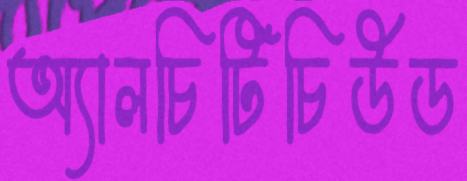
অ্যালচিটিচিউড